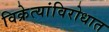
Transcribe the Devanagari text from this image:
विक्रेत्यांविरोधात